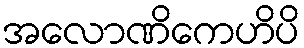
အလောဏိကေဟိပိ